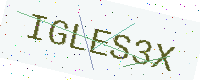
Text: IGLES3X